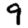
Digit: 9